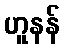
ဟူနန်